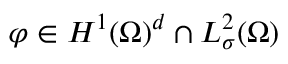
\boldsymbol { \varphi } \in H ^ { 1 } ( \Omega ) ^ { d } \cap L _ { \sigma } ^ { 2 } ( \Omega )